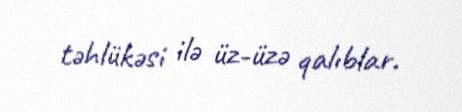
təhlükəsi ilə üz-üzə qalıblar.